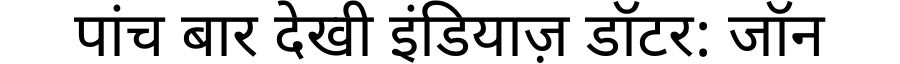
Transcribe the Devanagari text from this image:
पांच बार देखी इंडियाज़ डॉटर: जॉन